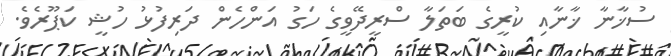
ސުޚާނާ ޚާނާއި ކުރީގެ ބަތަލާ ސްރީދޭވީގެ ހަގު އަންހެން ދަރިފުޅު ހުޝީ ކަޕޫރެވެ.